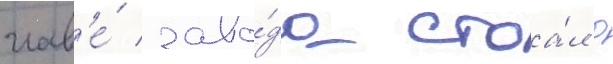
глав'е́ заво́да стоа́л д